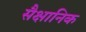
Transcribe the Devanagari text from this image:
सैक्षानिक